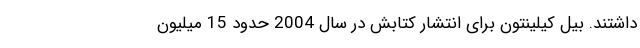
داشتند. بیل کیلینتون برای انتشار کتابش در سال 2004 حدود 15 میلیون